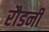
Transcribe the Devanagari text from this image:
रौडनी